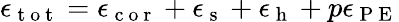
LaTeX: \epsilon_{\mathrm{~t~o~t~}}=\epsilon_{\mathrm{~c~o~r~}}+\epsilon_{\mathrm{~s~}}+\epsilon_{\mathrm{~h~}}+p\epsilon_{\mathrm{~P~E~}}